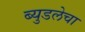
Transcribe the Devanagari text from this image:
ब्युडलेचा